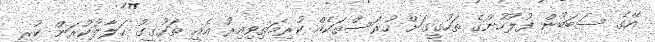
އޭގެ ސަބަބުން ފުލުހުންގެ ތަހުގީގަށް ހުރަސްތަކެއް ކުރިމަތިވިއިރު އެއީ ތަހުގީގު ހަލާލުކުރަން ކުރި